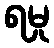
ရမှု